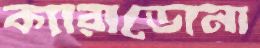
ক্যারাডোনা